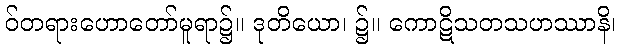
ဝ်တရားဟောတော်မူရာ၌။ ဒုတိယော၊ ၌။ ကောဋိသတသဟဿာနိ၊